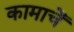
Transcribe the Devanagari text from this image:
कामाचें